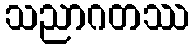
သညာဂတဿ